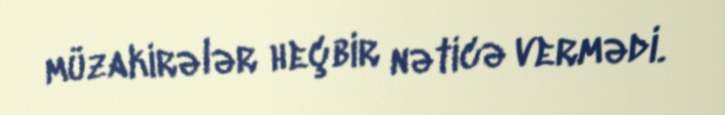
müzakirələr heçbir nəticə vermədi.